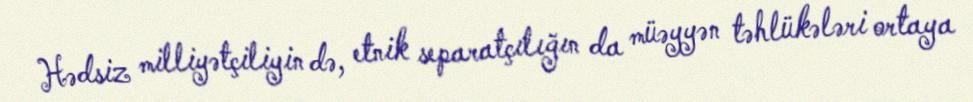
Hədsiz milliyətçiliyin də, etnik separatçılığın da müəyyən təhlükələri ortaya